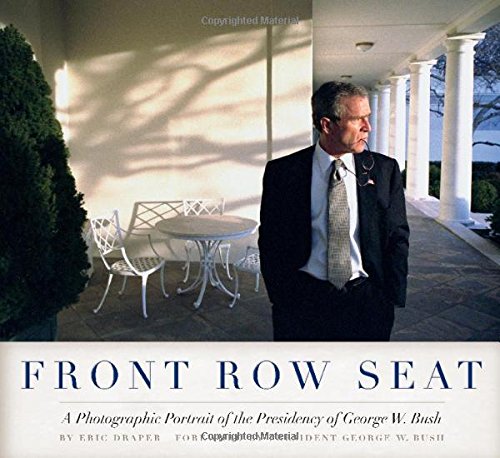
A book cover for Front Row Seat: A Photographic Portrait of the Presidency of George W. Bush (Focus on American History Series); Eric Draper; Arts & Photography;